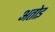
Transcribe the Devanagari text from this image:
अतोइ